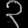
Digit: ၃